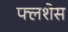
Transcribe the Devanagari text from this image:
फ्लशेस